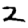
Digit: 2